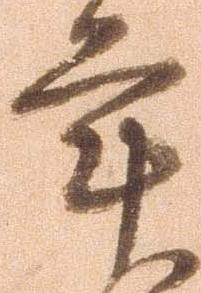
年